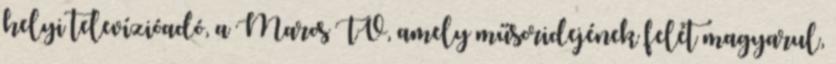
helyi televízióadó, a Maros TV, amely műsoridejének felét magyarul,